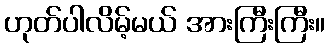
ဟုတ်ပါလိမ့်မယ် အားကြီးကြီး။